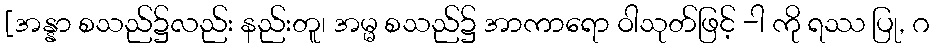
[အန္နာ စသည်၌လည်း နည်းတူ၊ အမ္မ စသည်၌ အာကာရော ဝါသုတ်ဖြင့် -ါ ကို ရဿ ပြု, ဂ